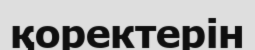
қоректерін